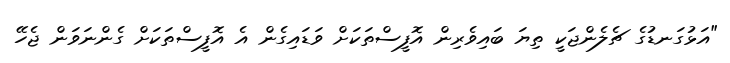
"އަޅުގަނޑުގެ ޗެލެންޖަކީ ތިޔަ ބައިވެރިން އޮފީސްތަކަށް ވަޑައިގެން އެ އޮފީސްތަކަށް ގެންނަވަން ޖެހޭ